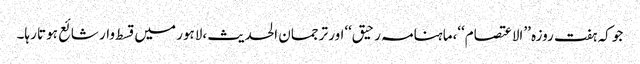
جو کہ ہفت روزہ ’’الاعتصام‘‘،ماہنامہ رحیق‘‘اور ترجمان الحدیث ،لاہور میں قسط وار شائع ہوتا رہا۔